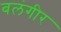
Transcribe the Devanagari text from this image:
बलंगीर